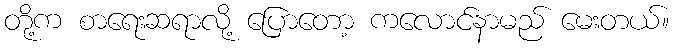
တို့က စာရေးဆရာလို့ ပြောတော့ ကလောင်နာမည် မေးတယ်။